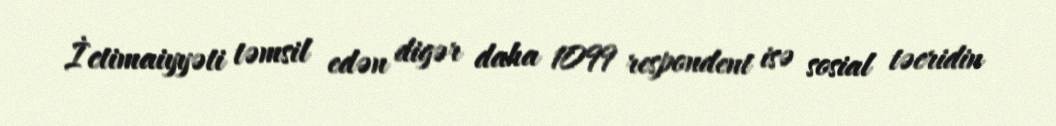
İctimaiyyəti təmsil edən digər daha 1099 respondent isə sosial təcridin